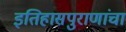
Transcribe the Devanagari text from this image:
इतिहासपुराणांचा